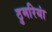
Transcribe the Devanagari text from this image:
ठुमरियां